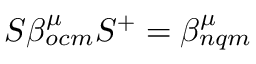
S \beta _ { o c m } ^ { \mu } S ^ { + } = \beta _ { n q m } ^ { \mu }